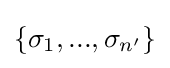
\{\sigma _{1},...,\sigma _{n'}\}